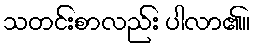
သတင်းစာလည်း ပါလာ၏။